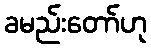
ခမည်းတော်ဟု